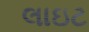
લાઇટ